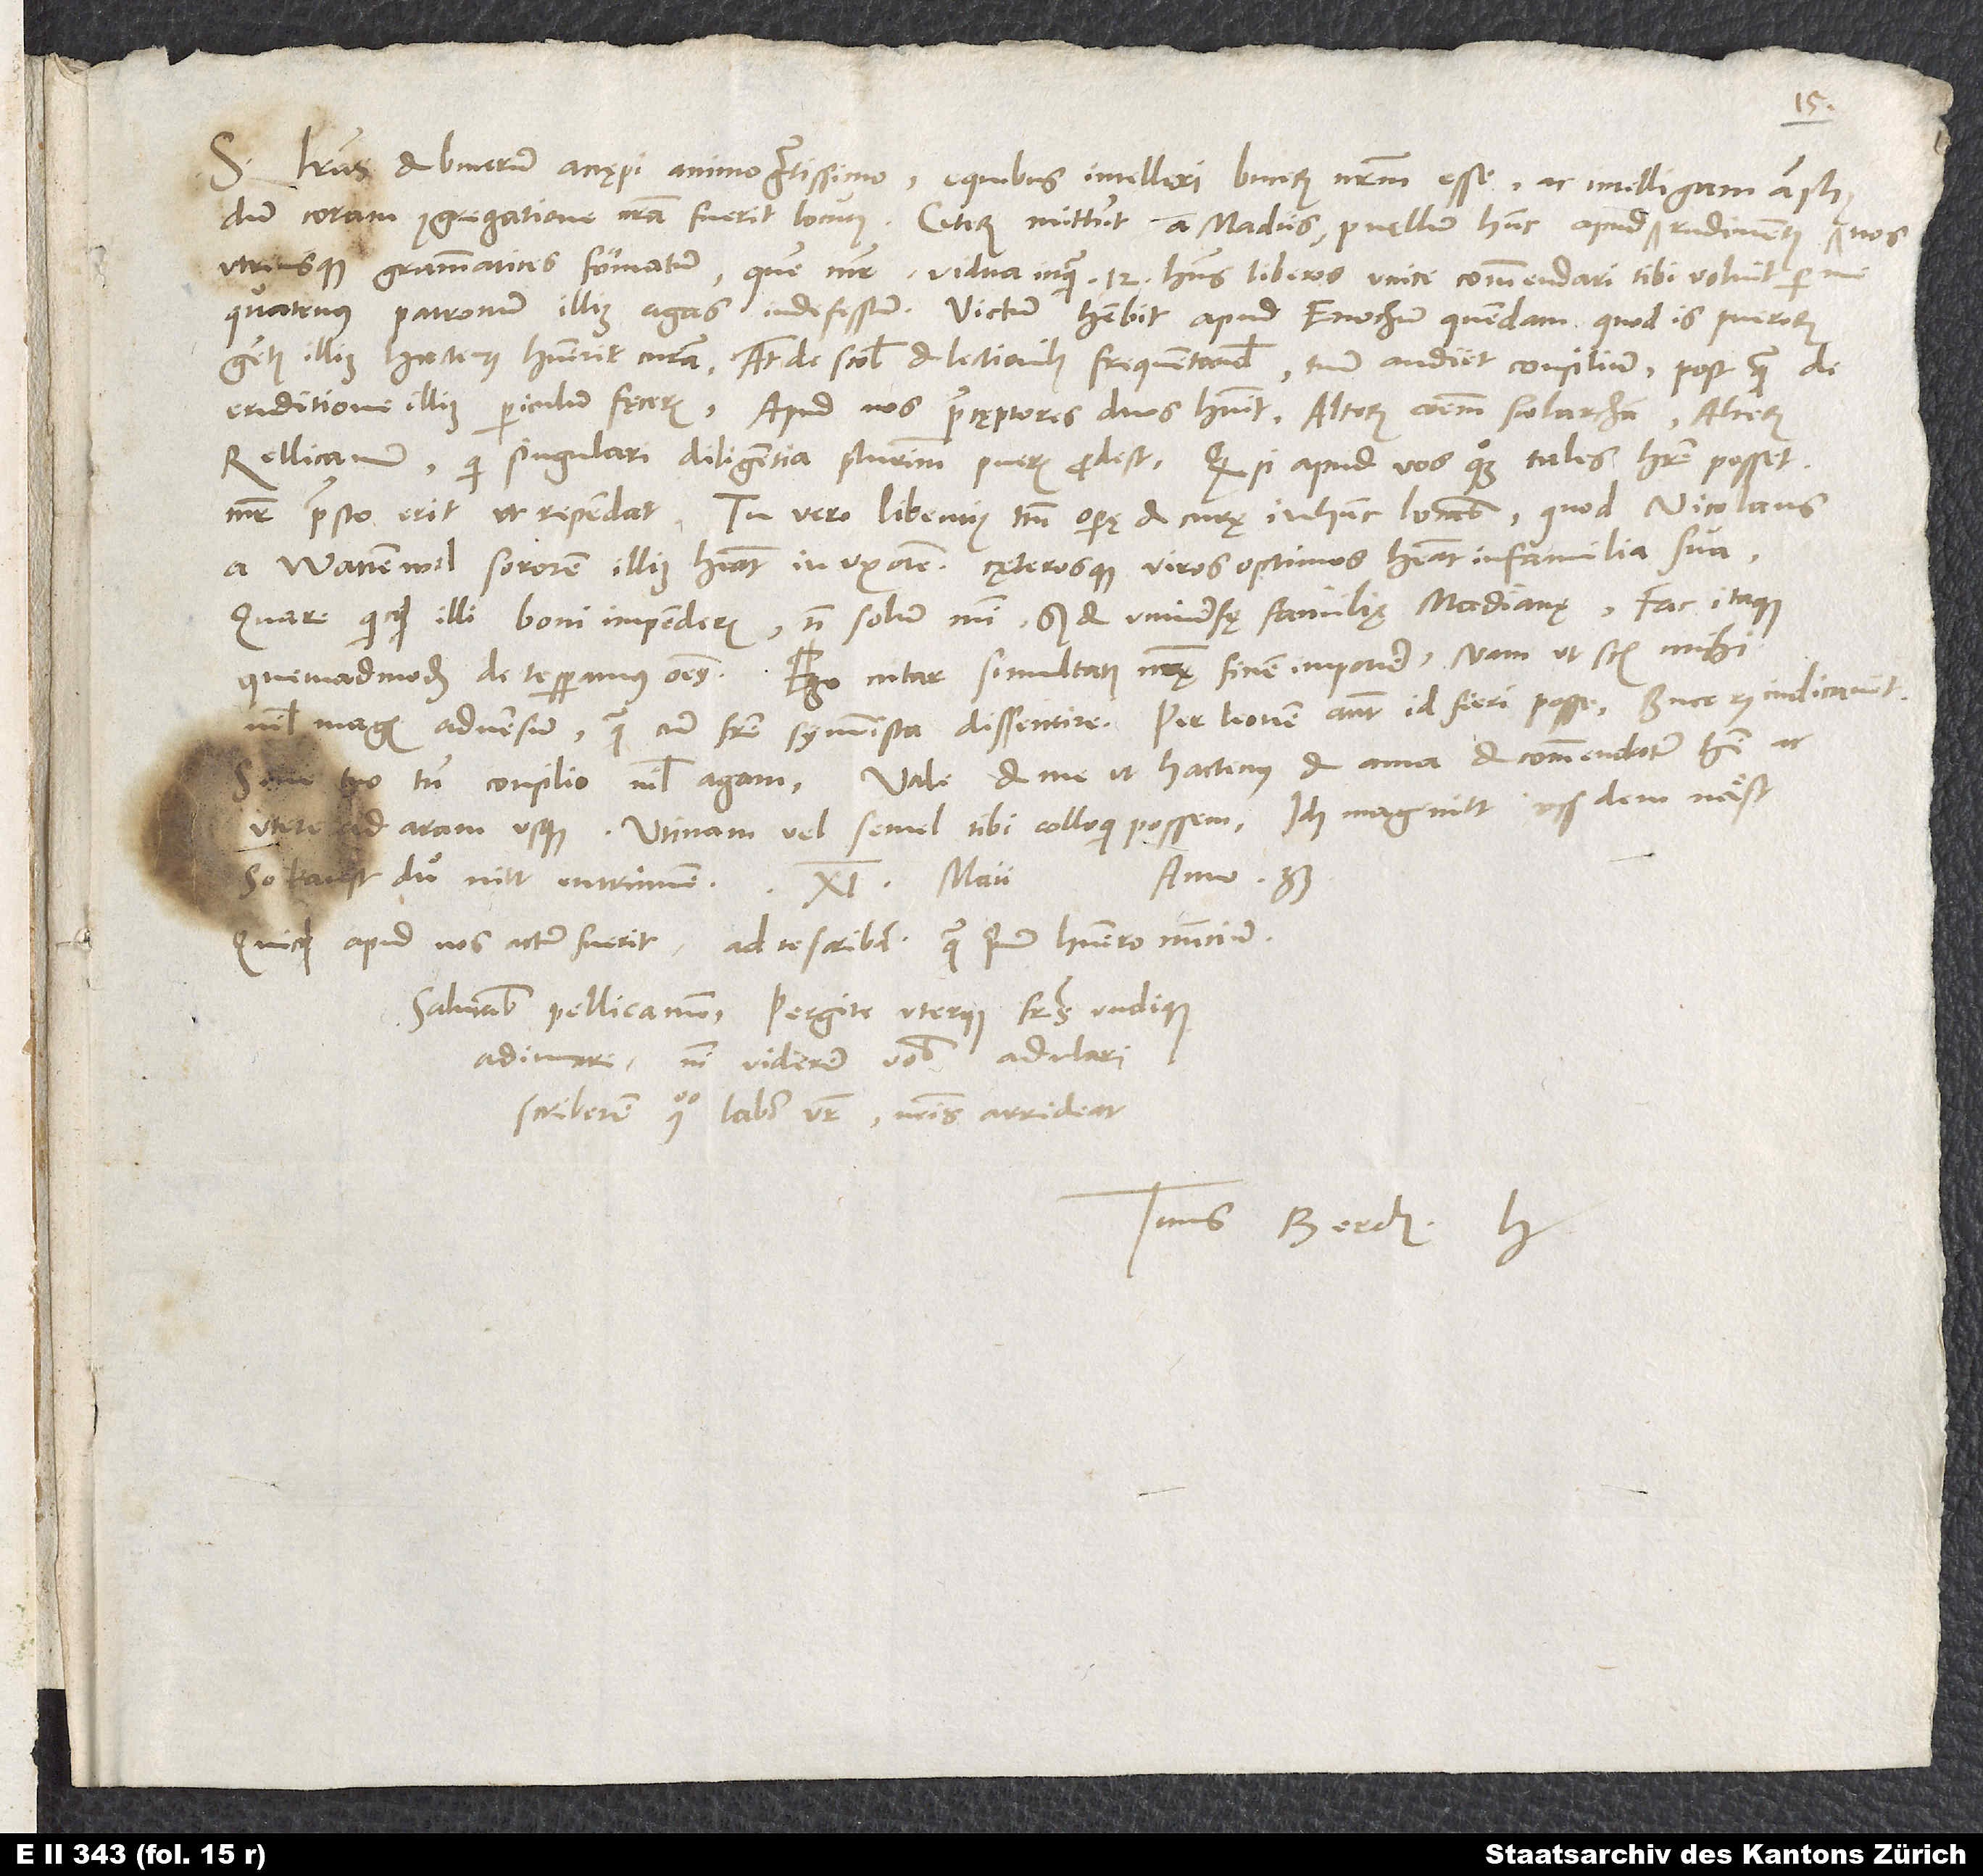
S.
Literas et Bucerum accępi animo gratissimo. E quibus intellexi Bucerum nostrum esse ac intelligam amplius,
utriusque grammatices formatum, quem mater, vidua, inquam, 12 habens liberos, unice commendari tibi voluit per
quatenus patronum illius agas indefessum. Victum habebit apud Enochum quendam, quod is puerorum
gentis illius hactenus habuerit curam, at de scolis et lectionibus frequentandis tuum audiet consilium, postquam de
eruditione illius periculum fęceris. Apud nos praecęptores duos habuit, alterum communem scolarcham, alterum
Rellicanum, qui singulari diligentia plurimum pueris prodest. Quodsi apud vos quoque tales habere posset,
mater praesto erit, ut rependat. Tu vero libentius tantum operę et curę in hunc locabis, quod Nicolaus
a Wattenwil sororem illius habeat in uxorem cęterosque viros optimos habeat in familia sua.
Quare quicquid illi boni impenderis, non solum mihi, sed et universę familię Madianae. Fac itaque,
nihil magis adversum quam cum fratre symmista dissentire. Per Leonem autem id fieri posse Bucerus indicavit.
utere ad aram usque. Utinam vel semel tibi colloqui possem! Ich mag nitt uss dem näst,
so kanst du nitt entrinnen.
anno 33.
11. maii
Quicquid apud nos actum fuerit, ad te scribam, quam primum habuero nuncium.
Salutabis Pellicanum. Pergite uterque fratres undique
adiuvare. Nisi viderer vobis adulari,
scriberem, quomodo labor vester nostris arrideat.
Tuus Berch. H.